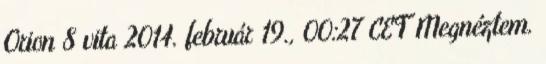
Orion 8 vita 2014. február 19., 00:27 CET Megnéztem.